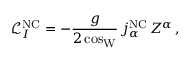
\mathcal { L } _ { I } ^ { \mathrm { N C } } = - \frac { g } { 2 \cos _ { \mathrm { W } } } \, j _ { \alpha } ^ { \mathrm { N C } } \, Z ^ { \alpha } \, ,